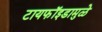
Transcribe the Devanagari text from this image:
टायफॉइडामुळे